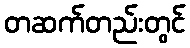
တဆက်တည်းတွင်